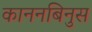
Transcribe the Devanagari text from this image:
काननबिनुस